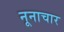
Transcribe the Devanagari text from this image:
नूनाचार